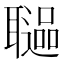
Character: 𦗻